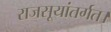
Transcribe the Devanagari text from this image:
राजसूयांतर्गत।